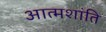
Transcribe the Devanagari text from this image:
आत्मशांति